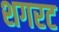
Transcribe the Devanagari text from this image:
शगरट